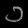
Digit: ၁